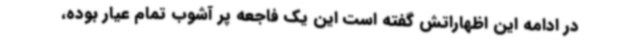
در ادامه این اظهاراتش گفته است این یک فاجعه پر آشوب تمام عیار بوده،